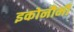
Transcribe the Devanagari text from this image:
इकोनौमी